Scientific memoirs by medical officers of the Army of India - Part X,
Year: 1897
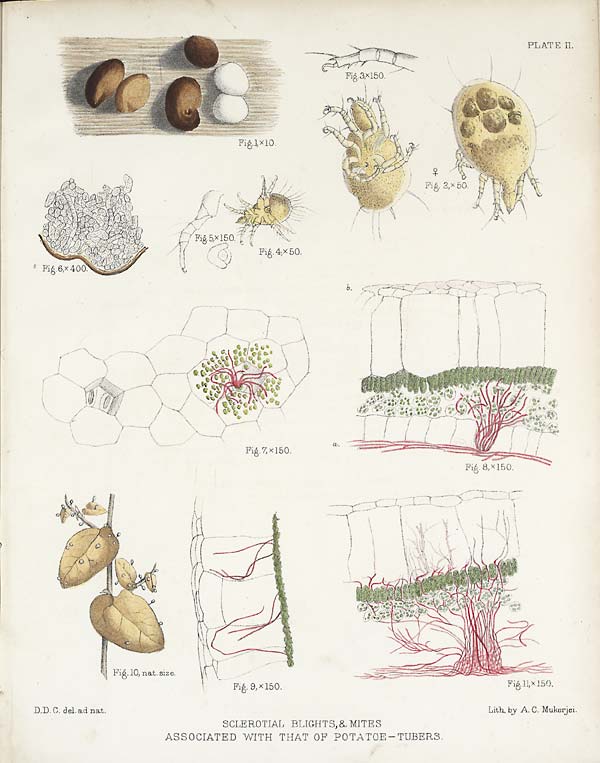
PLATE II.
D.D. C. del. ad nat.
Lith. by A. C. Mukerjei.
SCLEROTIAL BLIGHTS, & MITES
ASSOCIATED WITH THAT OF POTATOE—TUBERS.